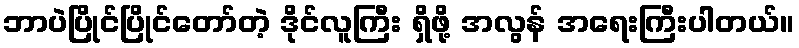
ဘာပဲပြိုင်ပြိုင်တော်တဲ့ ဒိုင်လူကြီး ရှိဖို့ အလွန် အရေးကြီးပါတယ်။